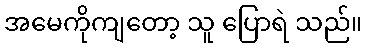
အမေကိုကျတော့ သူ ပြောရဲ သည်။